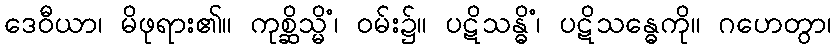
ဒေဝီယာ၊ မိဖုရား၏။ ကုစ္ဆိသ္မိံ၊ ဝမ်း၌။ ပဋိသန္ဓိံ၊ ပဋိသန္ဓေကို။ ဂဟေတွာ၊